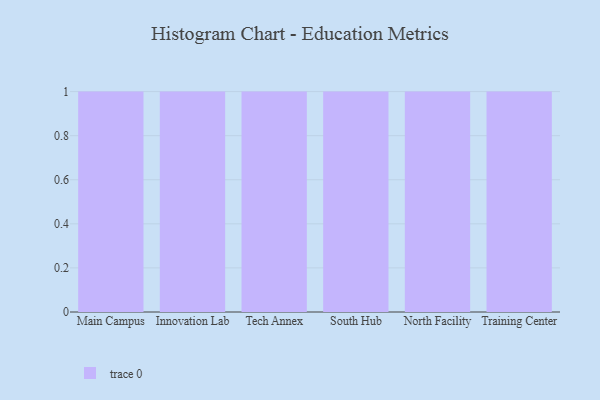
{"axis": {"x": "Campus", "y": "Energy Usage (MWh)"}, "legend": [""], "data": [{"x": "Main Campus", "y": 57, "type": ""}, {"x": "Innovation Lab", "y": 46, "type": ""}, {"x": "Tech Annex", "y": 21, "type": ""}, {"x": "South Hub", "y": 92, "type": ""}, {"x": "North Facility", "y": 42, "type": ""}, {"x": "Training Center", "y": 90, "type": ""}]}